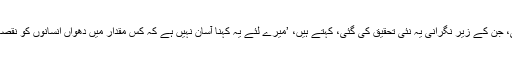
ڈاکٹر ڈیوڈ فاربی، جن کے زیر نگرانی یہ نئی تحقیق کی گئی، کہتے ہیں، ’میرے لئے یہ کہنا آسان نہیں ہے کہ کس مقدار میں دھواں انسانوں کو نقصانات پہنچاتا ہے۔